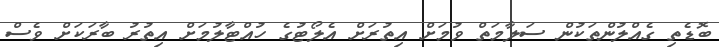
ބޮޑެތި ގެއްލުންތަކުން ސަލާމަތް ވުމަށް އިތުރަށް އެލޯޓުގެ ހުއްޓާލުމަށް އިތުރު ބާރަކަށް ވެސް